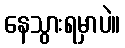
နေသွားရမှာပဲ။